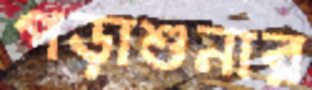
পড়াশুনার